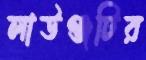
লাউঞ্জটির